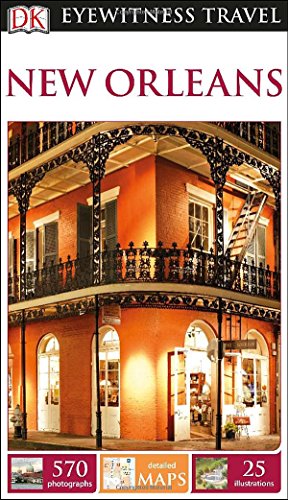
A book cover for DK Eyewitness Travel Guide: New Orleans; DK Publishing; Travel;